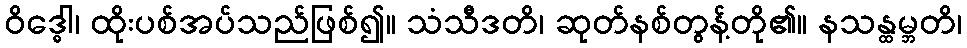
ဝိဒ္ဓေါ၊ ထိုးပစ်အပ်သည်ဖြစ်၍။ သံသီဒတိ၊ ဆုတ်နစ်တွန့်တို၏။ နသန္ထမ္ဘတိ၊